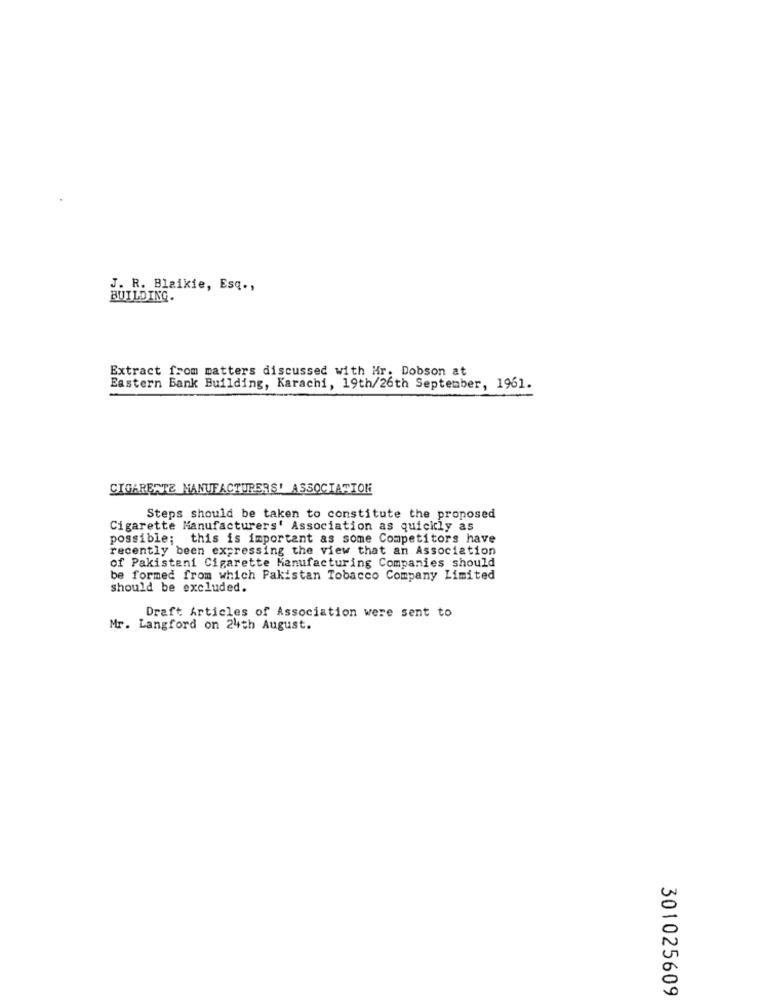
J. R. Blaikie, Esq .,
BUILDING.
Extract from matters discussed with Mr. Dobson at
Eastern Bank Building, Karachi, 19th/26th September, 1961.
CIGARETTE MANUFACTURERS' ASSOCIATION
Steps should be taken to constitute the proposed
Cigarette Manufacturers' Association as quickly as
possible; this is important as some Competitors have
recently been expressing the view that an Association
of Pakistani Cigarette Manufacturing Companies should
be formed from which Pakistan Tobacco Company Limited
should be excluded.
Draft Articles of Association were sent to
Mr. Langford on 24th August.
301025609